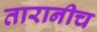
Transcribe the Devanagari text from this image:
तारानीच